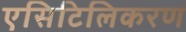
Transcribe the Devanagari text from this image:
एसिटिलिकरण